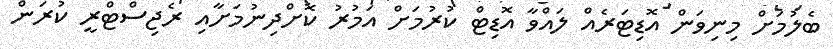
ބެލުމަށް މިނިވަން އޮޑިޓަރެއް ލައްވާ އޮޑިޓް ކުރުމަށް އަމުރު ކޮށްދިނުމަށާއި ރެޖިސްޓްރީ ކުރަން